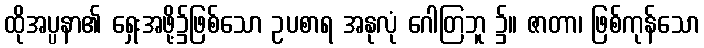
ထိုအပ္ပနာ၏ ရှေးအဖို့၌ဖြစ်သော ဥပစာရ အနုလုံ ဂေါတြဘူ ၌။ ဇာတာ၊ ဖြစ်ကုန်သော